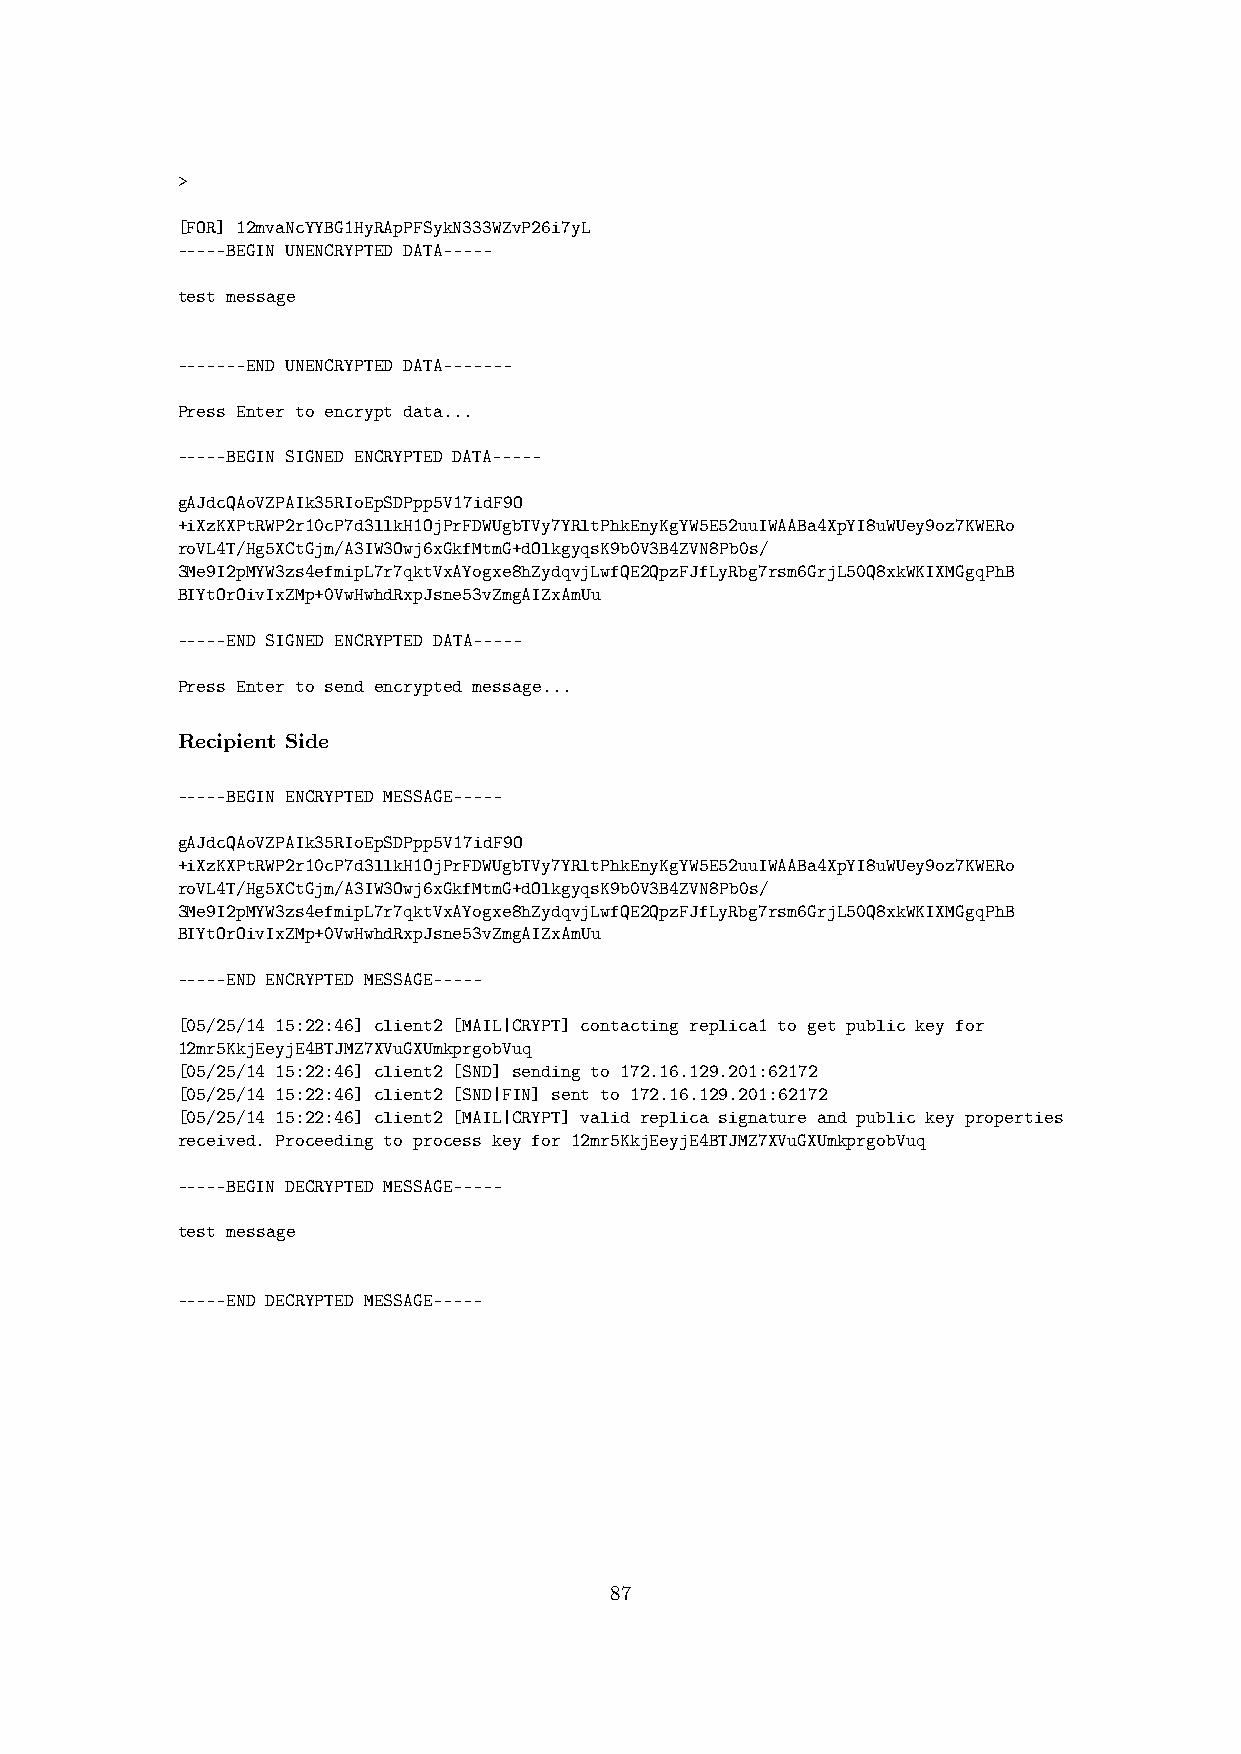
>
 [FOR] 12mvaNcYYBG1HyRApPFSykN333WZvP26i7yL
 -----BEGIN UNENCRYPTED DATA-----
 test message
 -------END UNENCRYPTED DATA-------
 Press Enter to encrypt data...
 -----BEGIN SIGNED ENCRYPTED DATA-----
 gAJdcQAoVZPAIk35RIoEpSDPpp5V17idF9O
 +iXzKXPtRWP2r10cP7d3llkH1OjPrFDWUgbTVy7YRltPhkEnyKgYW5E52uuIWAABa4XpYI8uWUey9oz7KWERo
 roVL4T/Hg5XCtGjm/A3IW3Owj6xGkfMtmG+dOlkgyqsK9b0V3B4ZVN8Pb0s/
 3Me9I2pMYW3zs4efmipL7r7qktVxAYogxe8hZydqvjLwfQE2QpzFJfLyRbg7rsm6GrjL50Q8xkWKIXMGgqPhB
 BIYtOrOivIxZMp+0VwHwhdRxpJsne53vZmgAIZxAmUu
 -----END SIGNED ENCRYPTED DATA-----
 Press Enter to send encrypted message...
 Recipient Side
 -----BEGIN ENCRYPTED MESSAGE-----
 gAJdcQAoVZPAIk35RIoEpSDPpp5V17idF9O
 +iXzKXPtRWP2r10cP7d3llkH1OjPrFDWUgbTVy7YRltPhkEnyKgYW5E52uuIWAABa4XpYI8uWUey9oz7KWERo
 roVL4T/Hg5XCtGjm/A3IW3Owj6xGkfMtmG+dOlkgyqsK9b0V3B4ZVN8Pb0s/
 3Me9I2pMYW3zs4efmipL7r7qktVxAYogxe8hZydqvjLwfQE2QpzFJfLyRbg7rsm6GrjL50Q8xkWKIXMGgqPhB
 BIYtOrOivIxZMp+0VwHwhdRxpJsne53vZmgAIZxAmUu
 -----END ENCRYPTED MESSAGE-----
 [05/25/14 15:22:46] client2 [MAIL|CRYPT] contacting replica1 to get public key for
 12mr5KkjEeyjE4BTJMZ7XVuGXUmkprgobVuq
 [05/25/14 15:22:46] client2 [SND] sending to 172.16.129.201:62172
 [05/25/14 15:22:46] client2 [SND|FIN] sent to 172.16.129.201:62172
 [05/25/14 15:22:46] client2 [MAIL|CRYPT] valid replica signature and public key properties
 received. Proceeding to process key for 12mr5KkjEeyjE4BTJMZ7XVuGXUmkprgobVuq
 -----BEGIN DECRYPTED MESSAGE-----
 test message
 -----END DECRYPTED MESSAGE-----
 87